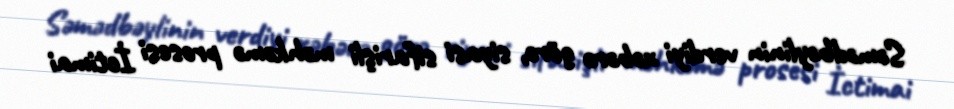
Səmədbəylinin verdiyi xəbərə görə, siyasi sifarişli məhkəmə prosesi İctimai